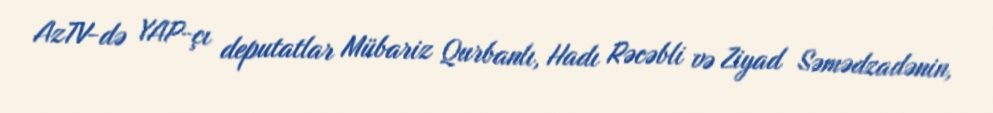
AzTV-də YAP-çı deputatlar Mübariz Qurbanlı, Hadı Rəcəbli və Ziyad Səmədzadənin,